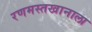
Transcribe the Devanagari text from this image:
रणमस्तखानाला